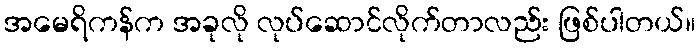
အမေရိကန်က အခုလို လုပ်ဆောင်လိုက်တာလည်း ဖြစ်ပါတယ်။